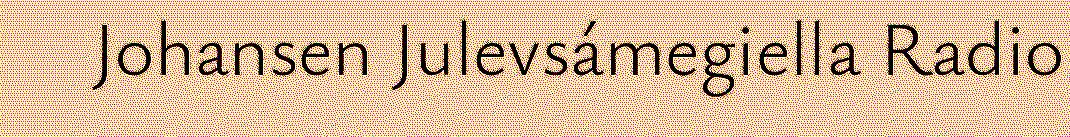
Johansen Julevsámegiella Radio